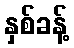
နှစ်ခန့်